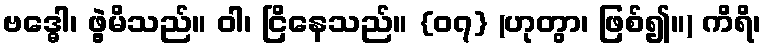
ဗဒ္ဓေါ၊ ဖွဲ့မိသည်။ ဝါ၊ ငြိနေသည်။ {၀၇} (ဟုတွာ၊ ဖြစ်၍။) ကိရိ၊